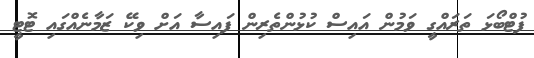
ފުޓްބޯޅަ ތަރައްގީ ވަމުން އައިސް ކުޅުންތެރިން ފައިސާ އަށް ވިކޭ ޒަމާނެއްގައި ޓޮޓީ